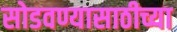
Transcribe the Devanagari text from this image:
सोडवण्यासाठीच्या